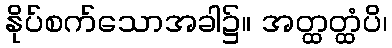
နိုပ်စက်သောအခါ၌။ အတ္ထတ္ထံပိ၊